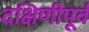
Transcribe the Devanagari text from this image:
दक्षिणीपूर्व